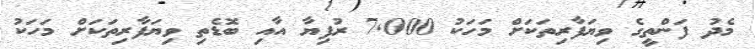
މެދު ފަންތީގެ ވިޔަފާރިތަކަށް މަހަކު 7